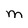
Character: m